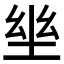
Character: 𡋢